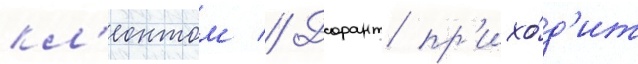
кл'еонтом // Дорант пр'ихо́д'ит